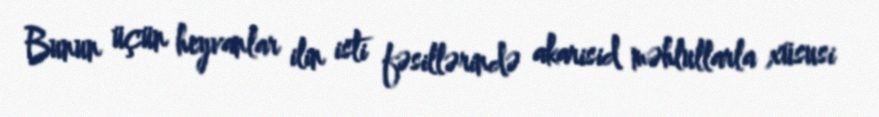
Bunun üçün heyvanlar ilin isti fəsillərində akarisid məhlullarla xüsusi